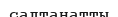
салтанатты